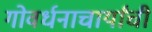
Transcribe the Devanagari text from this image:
गोवर्धनाचार्यांची